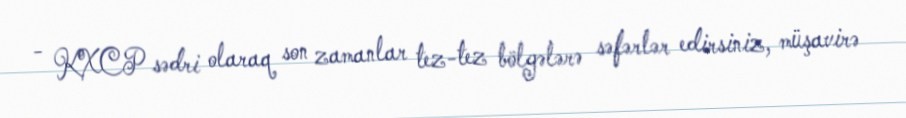
- KXCP sədri olaraq son zamanlar tez-tez bölgələrə səfərlər edirsiniz, müşavirə